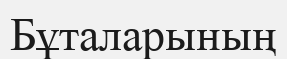
Бұталарының